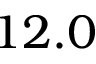
1 2 . 0